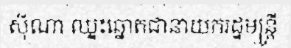
ស៊ីណា ឈ្នះឆ្នោតជានាយករដ្ឋមន្ត្រី